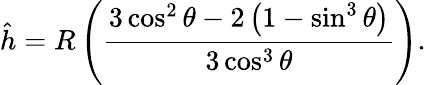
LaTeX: \hat{h}=R\left(\frac{3\cos^{2}\theta-2\left(1-\sin^{3}\theta\right)}{3\cos^{3}\theta}\right).